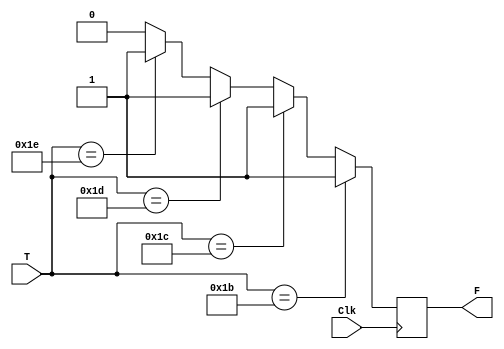
module M_Thershold_Detector (Clk,T,F);
  input Clk;
  input [7:0]T;
  output F;
  reg F;
  
  always @ (posedge Clk)
  begin
  if (T==8'd27)
    F=1'b1;
  else if (T==8'd28)
    F=1'b1;
  else if (T==8'd29)
    F=1'b1;    
  else if (T==8'd30)
    F=1'b1;    
  else 
    F=1'b0;    
  end
  
endmodule